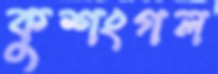
কুশংগল